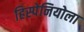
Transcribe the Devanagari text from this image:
हिस्पेनियोला